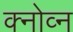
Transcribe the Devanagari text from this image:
क्नोव्न